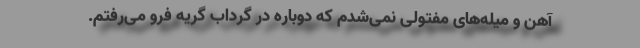
آهن و میله‌های مفتولی نمی‌شدم که دوباره در گرداب گریه فرو می‌رفتم.